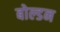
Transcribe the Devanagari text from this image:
बोल्डन